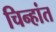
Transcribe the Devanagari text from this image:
चिन्हांत